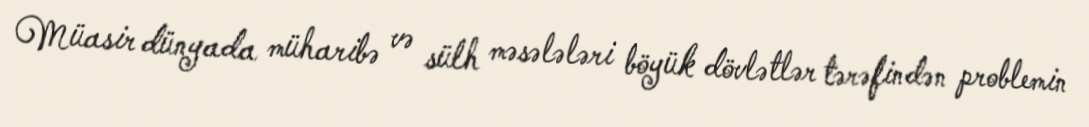
Müasir dünyada müharibə və sülh məsələləri böyük dövlətlər tərəfindən problemin